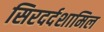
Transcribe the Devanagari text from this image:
सिरदर्दशामिल